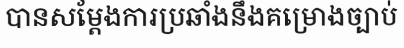
បានសម្តែងការប្រឆាំងនឹងគម្រោងច្បាប់